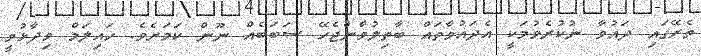
ތެރޭގައި ދައުވާ ނުކުރެވުމަކީ އެދައުވާތައް ބާތިލުވާންޖެހޭ ސަބަބެއް ނޫން ކަމަށެވެ. ހައިލަމް ވިދާޅުވީ